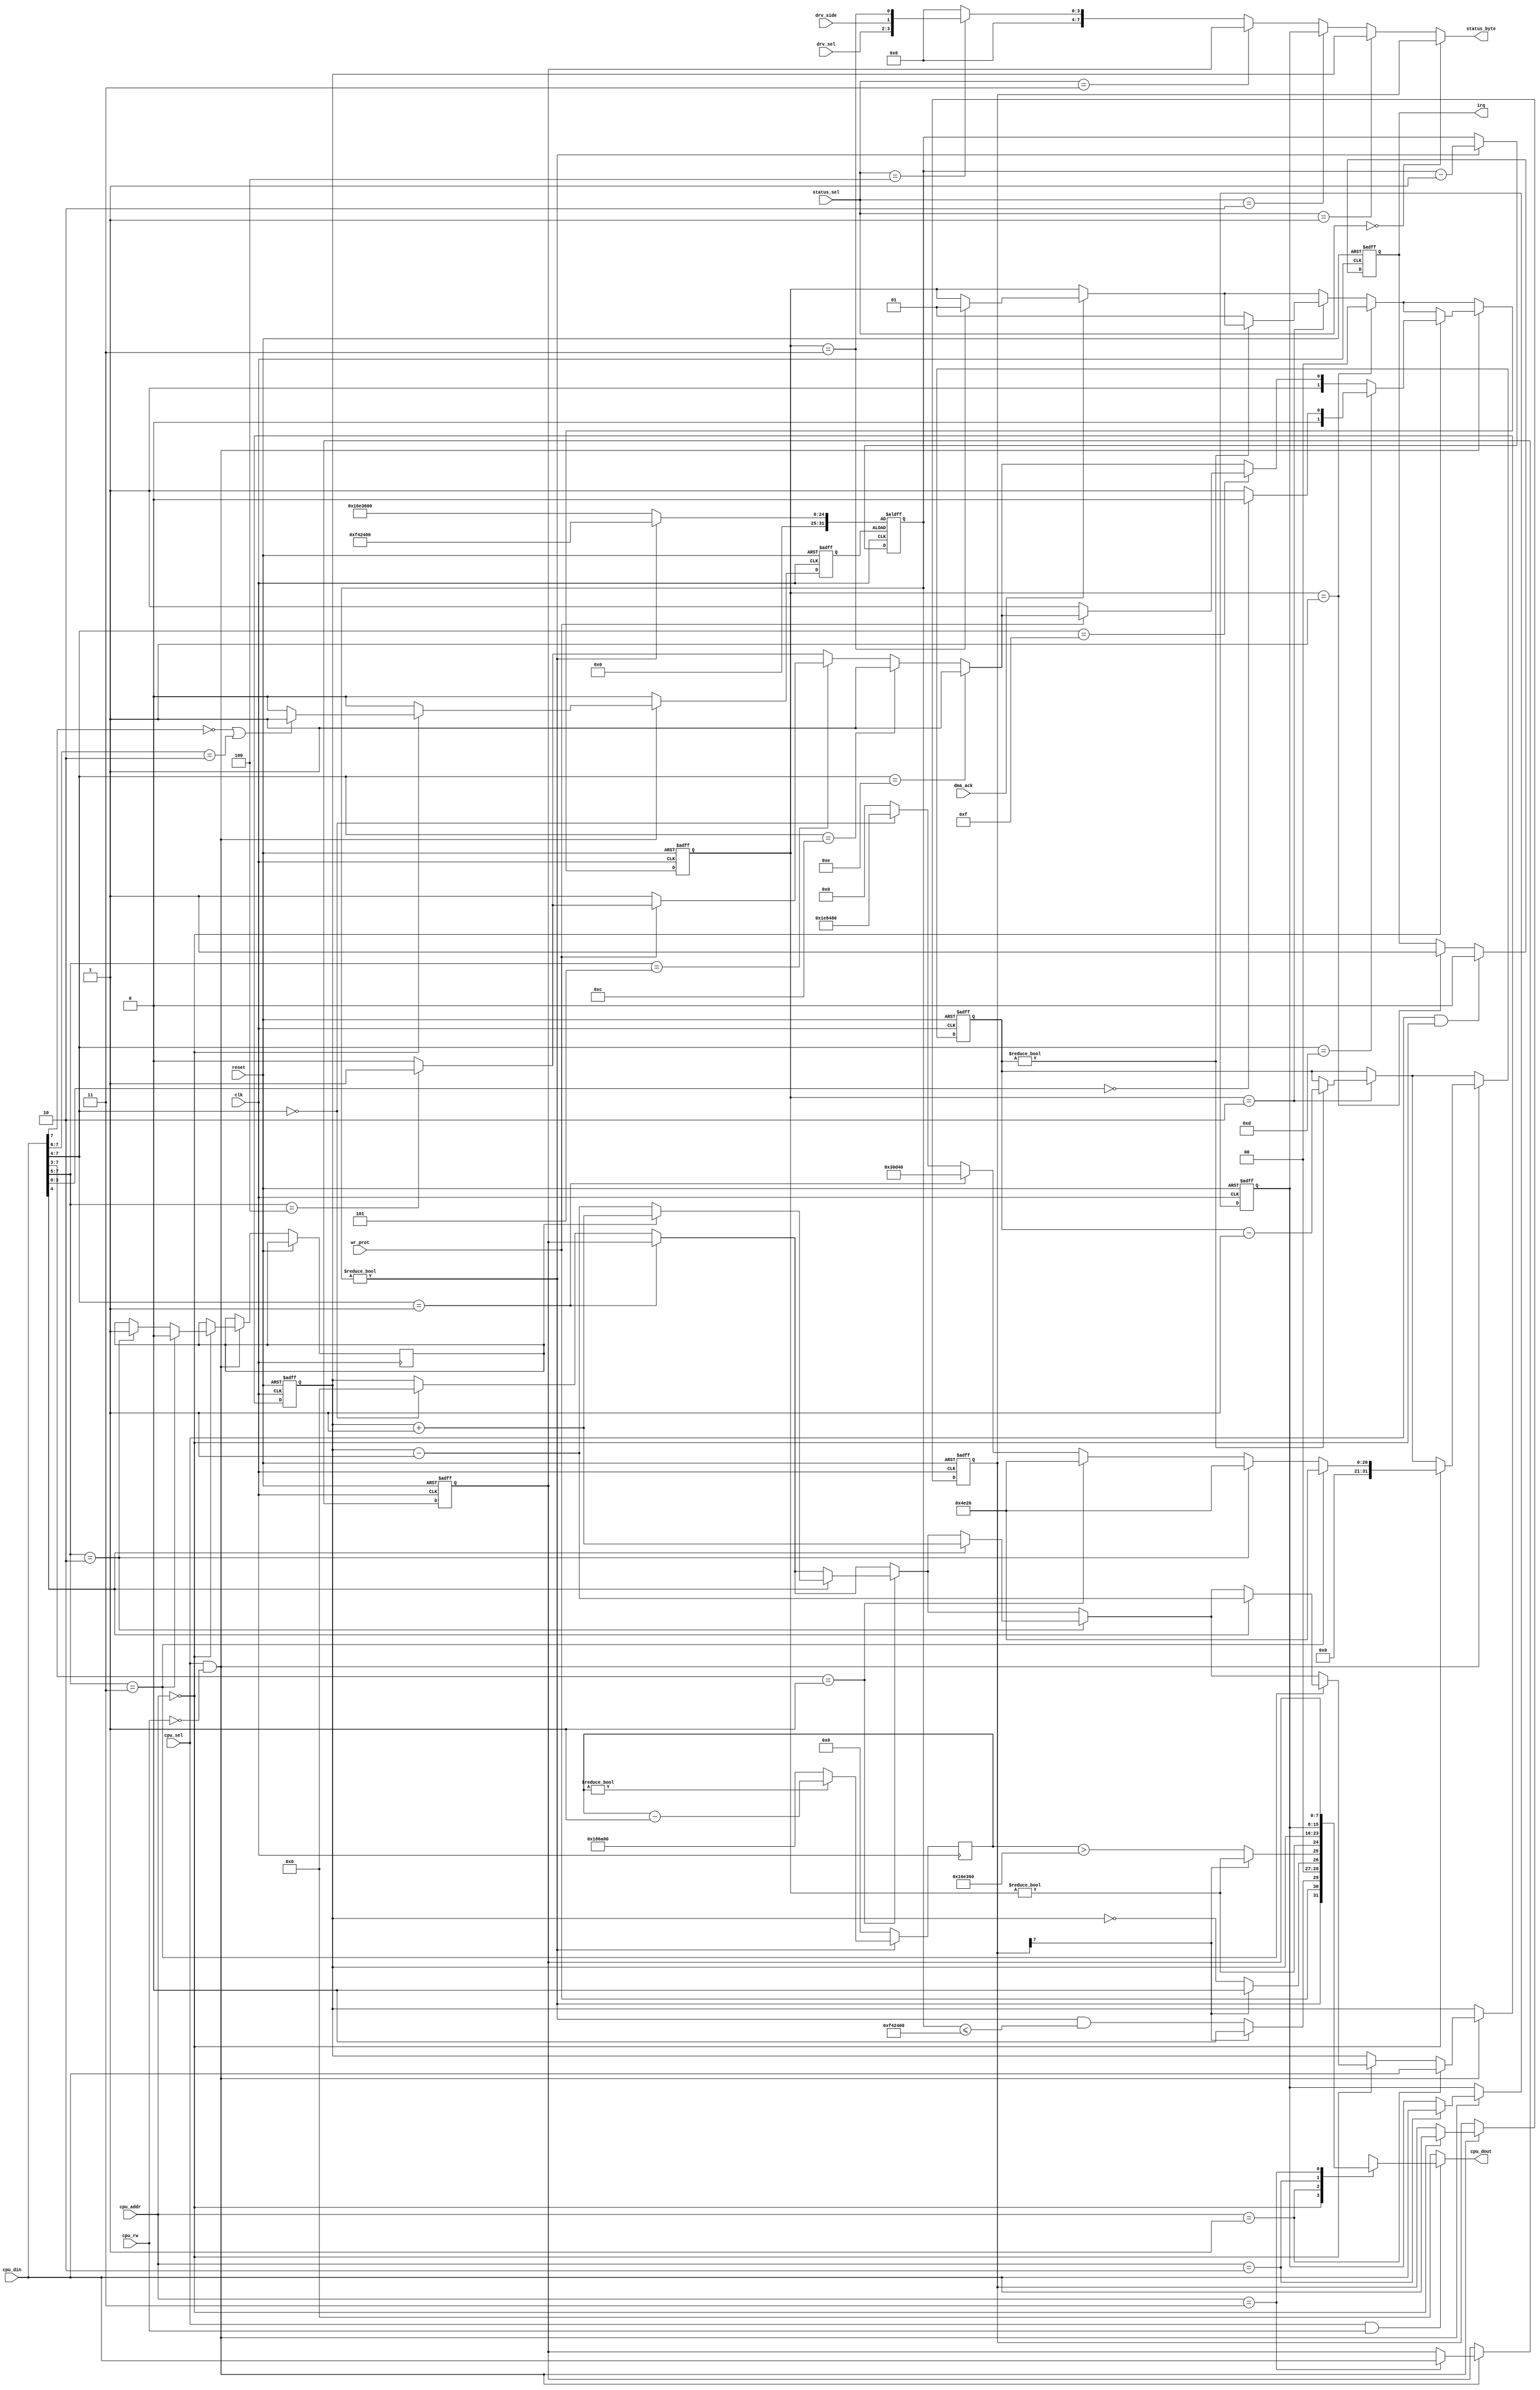
module fdc (
	    // clocks and system interface
	input 		 clk,
	input 		 reset,

	    // write protection of currently selected floppy
	input [1:0] 	 drv_sel,
	input 		 drv_side,
	input 		 wr_prot,
	    
	input 		 dma_ack,
	input [2:0] 	 status_sel,
	output [7:0]     status_byte,

	    // cpu interface
        input [1:0] 	 cpu_addr,
        input 		 cpu_sel,
        input 		 cpu_rw,
        input [7:0] 	 cpu_din,
        output reg [7:0] cpu_dout,

	output reg 	 irq		 
);

// fdc_busy is a counter. counts down from 2 to 0. stays at 3 since that
// means that the fdc is waiting for the arm io controller
localparam STATE_IDLE     = 2'd0;
localparam STATE_IRQ      = 2'd1;
localparam STATE_INT_WAIT = 2'd2;
localparam STATE_IO_WAIT  = 2'd3;

reg [1:0] state;  // fdc busy state

// the fdc registers
reg [7:0] cmd;     // write only
reg [7:0] track;
reg [7:0] sector;
reg [7:0] data;

// fdc status as reported to the io controller
assign status_byte =
    (status_sel == 0)?cmd:
    (status_sel == 1)?track:
    (status_sel == 2)?sector:
    (status_sel == 3)?data:
    (status_sel == 4)?{ 4'b0000, drv_sel, drv_side, state == STATE_IO_WAIT }:
    8'h00;

reg step_dir;

reg [31:0] delay;

wire cmd_type_1 = (cmd[7] == 1'b0);
wire cmd_type_2 = (cmd[7:6] == 2'b10);

// ---------------- floppy motor simulation -------------

// timer to simulate motor-on. This runs for x/8000000 seconds after each command
reg motor_start;
reg [31:0] motor_on_counter;
wire motor_on = (motor_on_counter != 0);

// motor_on_counter > 16000000 means the motor is spinning up
wire motor_spin_up_done = motor_on && (motor_on_counter <= 16000000);

always @(posedge clk or posedge motor_start) begin
   if(motor_start)
     // motor runs for 2 seconds if it was already on. it rus for one
     // more second if if wasn't on yet (spin up)
     motor_on_counter <= motor_on?32'd16000000:32'd24000000;
   else begin
      // let "motor" run
      if(motor_on_counter != 0)
	motor_on_counter <= motor_on_counter - 32'd1;
   end
end
		
// -------------- index pulse generation ----------------

// floppy rotates at 300rpm = 5rps -> generate 5 index pulses per second
wire index_pulse = index_pulse_cnt > 32'd1500000;  // 1/16 rotation
reg [31:0] index_pulse_cnt;
always @(posedge clk) begin
   if(!motor_on)
     index_pulse_cnt <= 32'd0;
   else begin
      if(index_pulse_cnt != 0)
	index_pulse_cnt <= index_pulse_cnt - 32'd1;
      else
	index_pulse_cnt <= 32'd1600000;  // 8000000/5
   end
end

// status byte returned by the fdc when reading register 0
wire [7:0] status = { 
  motor_on,
  wr_prot,
  cmd_type_1?motor_spin_up_done:1'b0,
  2'b00 /* track not found/crc err */, 
  cmd_type_1?(track == 0):1'b0,
  cmd_type_1?index_pulse:(state!=STATE_IDLE),
  state != STATE_IDLE 
};

// CPU register read
always @(cpu_sel, cpu_addr, cpu_rw) begin
   cpu_dout = 8'h00;

   if(cpu_sel && cpu_rw) begin
      case(cpu_addr)
	 0: cpu_dout = status;
	 1: cpu_dout = track;
	 2: cpu_dout = sector;
	 3: cpu_dout = data;
      endcase
   end
end

// CPU register write
always @(negedge clk or posedge reset) begin
   if(reset) begin
      // clear internal registers
      cmd <= 8'h00;
      track <= 8'h00;
      sector <= 8'h00;
      data <= 8'h00;

      // reset state machines and counters
      state <= STATE_IDLE;
      irq <= 1'b0;
      motor_start <= 1'b0;
      delay <= 32'd0;

   end else begin
      motor_start <= 1'b0;

      // DMA transfer has been ack'd by io controller
      if(dma_ack) begin
	 // fdc waiting for io controller
	 if(state == STATE_IO_WAIT)
	   state <= STATE_IRQ;  // jump to end of busy phase
      end
      
      // fdc may be waiting internally (e.g. for step completion)
      if(state == STATE_INT_WAIT) begin
	 // count down and go into irq state if done
	 if(delay != 0)
	   delay <= delay - 32'd1;
	 else
	   state <= STATE_IRQ;
      end
			
      // fdc is ending busy phase
      if(state == STATE_IRQ) begin
	 irq <= 1'b1;
	 state <= STATE_IDLE;
      end

      // cpu is reading status register or writing command register -> clear fdc irq
      if(cpu_sel && (cpu_addr == 0))
	irq <= 1'b0;
	 
      if(cpu_sel && !cpu_rw) begin
	 // fdc register write
	 if(cpu_addr == 0) begin       // command register
	    cmd <= cpu_din;
	    state <= STATE_INT_WAIT;
	    delay <= 31'd0;

	    // all TYPE I and TYPE II commands start the motor
	    if((cpu_din[7] == 1'b0) || (cpu_din[7:6] == 2'b10))
	      motor_start <= 1'b1;
	    
	    // ------------- TYPE I commands -------------
	    if(cpu_din[7:4] == 4'b0000) begin  	        // RESTORE
	       track <= 8'd0;
	       delay <= 31'd2000000;		        // 250ms delay
	    end
	    
	    if(cpu_din[7:4] == 4'b0001) begin  	        // SEEK
	       track <= data;
	       delay <= 31'd200000;			// 25ms delay
	    end
	    
	    if(cpu_din[7:3] == 3'b001) begin		// STEP
	       delay <= 31'd20000;			// 2.5ms delay
	       if(cpu_din[4])                           // update flag
		 track <= (step_dir == 1)?(track + 8'd1):(track - 8'd1);
	    end
	    
	    if(cpu_din[7:5] == 3'b010) begin            // STEP-IN
	       delay <= 31'd20000;			// 2.5ms delay
	       step_dir <= 1'b1;
	       if(cpu_din[4])                           // update flag
		 track <= track + 8'd1;
	    end

	    if(cpu_din[7:5] == 3'b011) begin            // STEP-OUT
	       delay <= 31'd20000;			// 2.5ms delay
	       step_dir <= 1'b0;
	       if(cpu_din[4])                           // update flag
		 track <= track - 8'd1;
	    end
	    
	    // ------------- TYPE II commands -------------
	    if(cpu_din[7:5] == 3'b100) begin            // read sector
	       state <= STATE_IO_WAIT;
	    end
							
	    if(cpu_din[7:5] == 3'b101)                  // write sector
	      if(!wr_prot)
		state <= STATE_IO_WAIT;
	    
	    // ------------- TYPE III commands ------------
	    
	    if(cpu_din[7:4] == 4'b1100)                 // read address
	      state <= STATE_IO_WAIT;
	    
	    if(cpu_din[7:4] == 4'b1110)                 // read track
	      state <= STATE_IO_WAIT;
	    
	    if(cpu_din[7:4] == 4'b1111)                 // write track
	      if(!wr_prot)
		state <= STATE_IO_WAIT;
	    
	    // ------------- TYPE IV commands -------------
	    if(cpu_din[7:4] == 4'b1101) begin           // force intrerupt
	       if(cpu_din[3:0] == 4'b0000)
		 state <= STATE_IDLE;                    // immediately
	       else
		 state <= STATE_IRQ;                     // with irq
	    end
	 end // if (cpu_addr == 0)
	 
	 if(cpu_addr == 1)             // track register
	   track <= cpu_din;
	 
	 if(cpu_addr == 2)             // sector register
	   sector <= cpu_din;
	 
	 if(cpu_addr == 3)             // data register
	   data <= cpu_din;   

      end // if (cpu_sel && !cpu_rw)
   end // else: !if(reset)
end // always @ (negedge clk or posedge reset)
   
endmodule